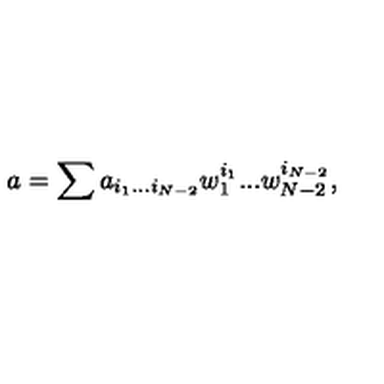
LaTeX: a = \sum a _ { i _ { 1 } . . . i _ { N - 2 } } w _ { 1 } ^ { i _ { 1 } } . . . w _ { N - 2 } ^ { i _ { N - 2 } } ,